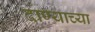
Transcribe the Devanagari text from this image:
दाण्याच्या